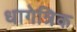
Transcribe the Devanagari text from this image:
धागेत्रिक